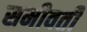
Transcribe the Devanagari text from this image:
समीवर्ती